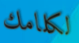
لكلامك